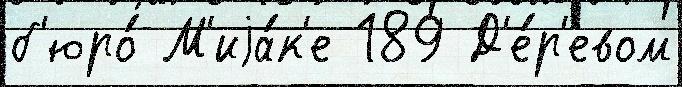
б'юро́ М'иjа́к'е 189 Д'е́р'евом